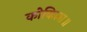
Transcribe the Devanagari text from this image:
कोकिला॥